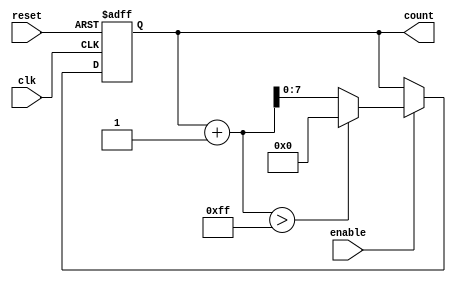
module IncrementalCounter #(
    parameter INITIAL_VALUE = 0,  // Initial count value
    parameter STEP_SIZE = 1,       // Increment step size
    parameter MAX_COUNT = 255       // Maximum count value
)(
    input wire clk,                // Clock input
    input wire reset,              // Asynchronous reset input
    input wire enable,             // Enable input
    output reg [7:0] count         // Current count value (8-bit output)
);

    // Initialize the count value
    initial begin
        count = INITIAL_VALUE;
    end

    // Always block for counting logic
    always @(posedge clk or posedge reset) begin
        if (reset) begin
            // Reset the count to the initial value
            count <= INITIAL_VALUE;
        end else if (enable) begin
            // Increment the count by the step size
            if (count + STEP_SIZE > MAX_COUNT) begin
                count <= 0; // Wrap around to zero if exceeding max count
            end else begin
                count <= count + STEP_SIZE;
            end
        end
    end

endmodule